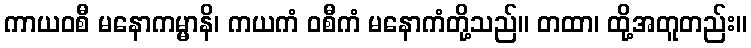
ကာယဝစီ မနောကမ္မာနိ၊ ကယကံ ဝစီကံ မနောကံတို့သည်။ တထာ၊ ထို့အတူတည်း။